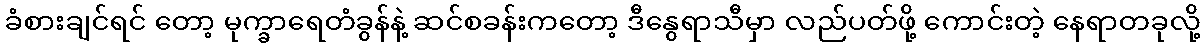
ခံစားချင်ရင် တော့ မုက္ခာရေတံခွန်နဲ့ ဆင်စခန်းကတော့ ဒီနွေရာသီမှာ လည်ပတ်ဖို့ ကောင်းတဲ့ နေရာတခုလို့